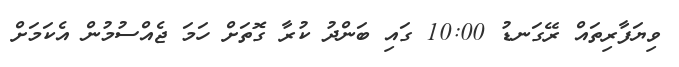
ވިޔަފާރިތައް ރޭގަނޑު 10:00 ގައި ބަންދު ކުރާ ގޮތަށް ހަމަ ޖެއްސުމުން އެކަމަށް